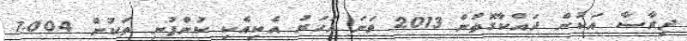
ދިރާސާ އަކުން ދައްކާގޮތުން 2013 ވަނަ އަހަރު އެކިއެކި ކުންފުނި ތަކުން 1.004